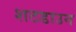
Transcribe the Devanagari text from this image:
शटडाउन